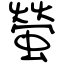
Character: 螢